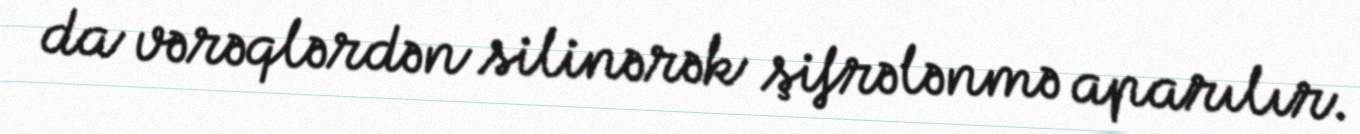
da vərəqlərdən silinərək şifrələnmə aparılır.